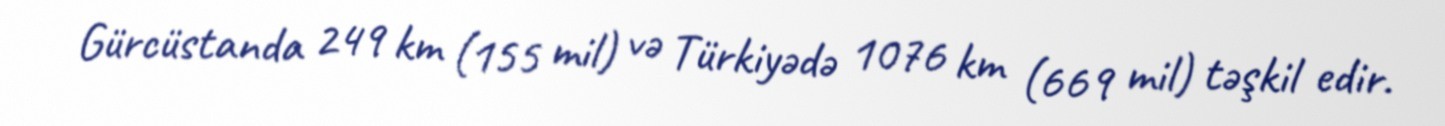
Gürcüstanda 249 km (155 mil) və Türkiyədə 1076 km (669 mil) təşkil edir.